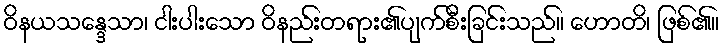
ဝိနယသန္ဒေသာ၊ ငါးပါးသော ဝိနည်းတရား၏ပျက်စီးခြင်းသည်။ ဟောတိ၊ ဖြစ်၏။